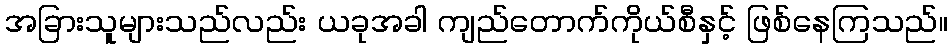
အခြားသူများသည်လည်း ယခုအခါ ကျည်တောက်ကိုယ်စီနှင့် ဖြစ်နေကြသည်။